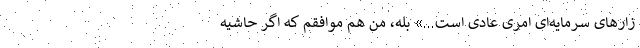
زارهای سرمایه‌ای امری عادی است...» بله، من هم موافقم که اگر حاشیه